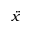
\ddot { x }